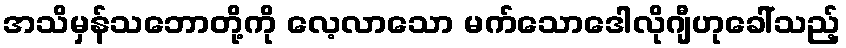
အသိမှန်သဘောတို့ကို လေ့လာသော မက်သောဒေါလိုဂျီဟုခေါ်သည့်